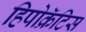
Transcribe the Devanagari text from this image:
हिपोक्रॅटिस